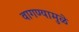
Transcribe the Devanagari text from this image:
वागण्यामुळे